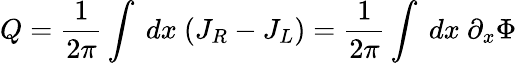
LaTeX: Q={\frac{1}{2\pi}}\int~dx~(J_{R}-J_{L})={\frac{1}{2\pi}}\int~dx~\partial_{x}\Phi